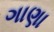
ગાણા